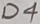
Text: D4